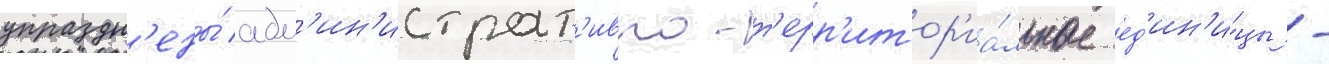
упраздн'ены́ адм'ин'истрат'ивно-т'ерр'итор'иа́льные ед'ин'и́цы -